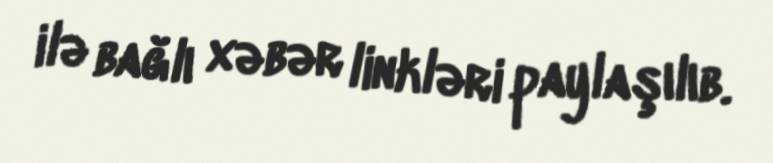
ilə bağlı xəbər linkləri paylaşılıb.